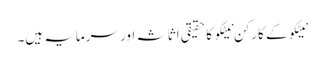
نیٹکو کے کارکن نیٹکو کا حقیقی اثاثہ اور سرمایہ ہیں۔